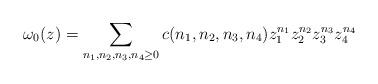
LaTeX: \begin{align*}\omega_{0}(z)=\sum_{n_{1},n_{2},n_{3},n_{4}\geq0}c(n_{1},n_{2},n_{3},n_{4})z_{1}^{n_{1}}z_{2}^{n_{2}}z_{3}^{n_{3}}z_{4}^{n_{4}}\end{align*}